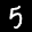
Label: 5